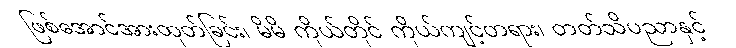
ဖြစ်အောင်အားထုတ်ခြင်း၊ မိမိ ကိုယ်တိုင် ကိုယ်ကျင့်တရား၊ တတ်သိပညာနှင့်